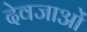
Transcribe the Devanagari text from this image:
देवजाओं